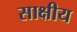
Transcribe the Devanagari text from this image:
साक्षीय